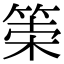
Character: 𥮮